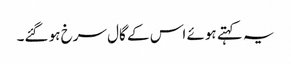
یہ کہتے ہوئے اس کے گال سرخ ہو گئے۔